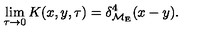
\lim _ { \tau \to 0 } K ( x , y , \tau ) = \delta _ { { \cal M } _ { \mathrm { E } } } ^ { 4 } ( x - y ) .